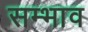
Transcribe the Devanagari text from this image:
सम्भाव